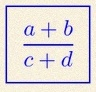
\frac{a+b}{c+d}